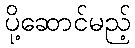
ပို့ဆောင်မည့်